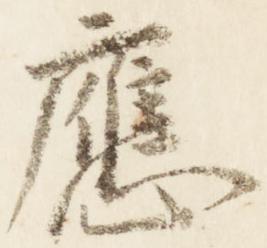
応